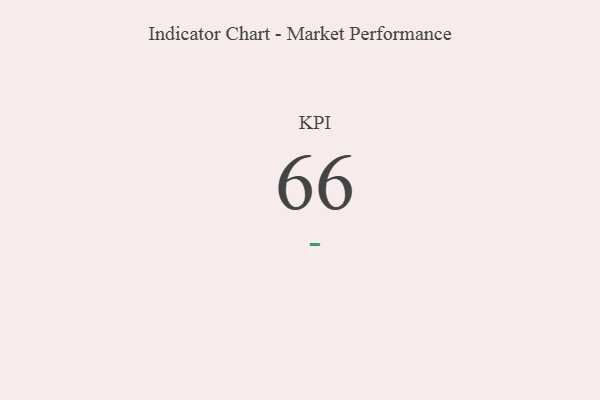
{"axis": {"x": "KPI", "y": "Value"}, "legend": [""], "data": [{"x": "KPI", "y": 66, "type": ""}]}